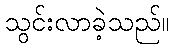
သွင်းလာခဲ့သည်။